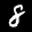
Label: 8